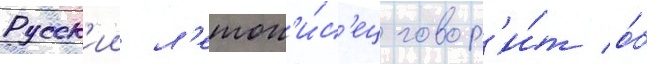
Русск'ии л'етоп'и́с'ец говор'и́т о́б